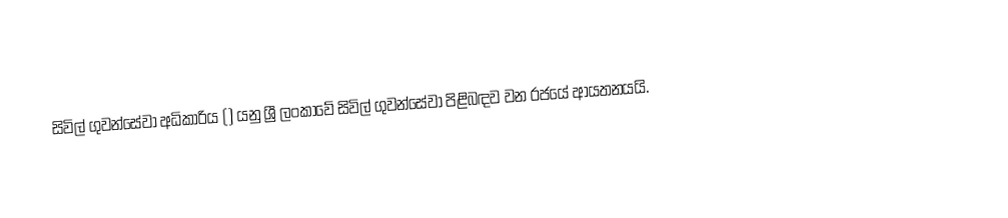
සිවිල් ගුවන්සේවා අධිකාරිය () යනු ශ්‍රී ලංකාවේ සිවිල් ගුවන්සේවා පිළිබඳව වන රජයේ ආයතනයයි.